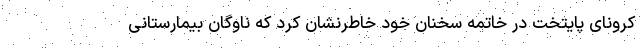
کرونای پایتخت در خاتمه سخنان خود خاطرنشان کرد که ناوگان بیمارستانی